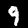
Label: 9